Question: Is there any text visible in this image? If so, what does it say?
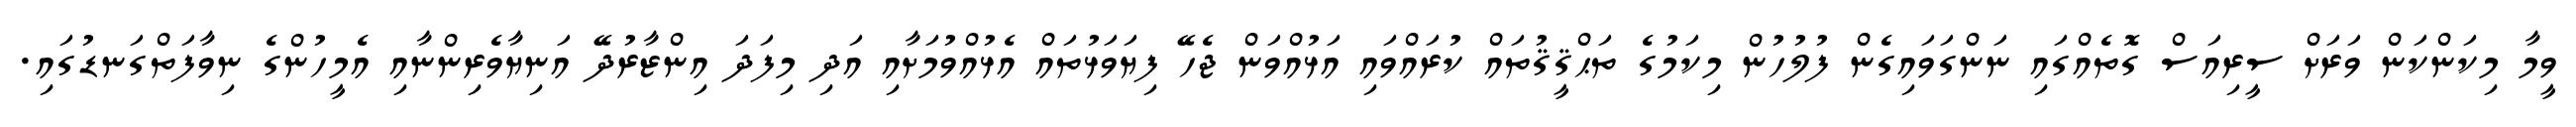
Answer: ވީމާ މިކަންކަން ވަރަށް ސީރިއަސް ގޮތެއްގައި ނަންގަވައިގެން ފުލުހުން މިކަމުގެ ތަޙްޤީޤުތައް ކުރައްވައި އަޅުއްވަން ޖެހޭ ފިޔަވަޅުތައް އެޅުއްވުމަށާއި އަދި މިފަދަ އިންޒާރުދޭ އަނިޔާވެރިންނާއި އެމީހުންގެ ނިވާފަތްގަނޑުގައި.